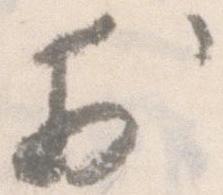
於